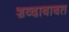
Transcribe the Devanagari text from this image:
शव्दाबाबत